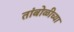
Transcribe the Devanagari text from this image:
तांबोळीच्या